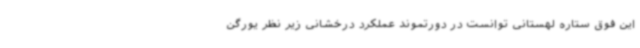
این فوق ستاره لهستانی توانست در دورتموند عملکرد درخشانی زیر نظر یورگن